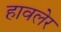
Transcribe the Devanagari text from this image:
हावलेर